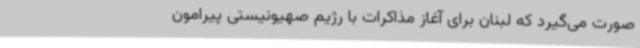
صورت می‌گیرد که لبنان برای آغاز مذاکرات با رژیم صهیونیستی پیرامون